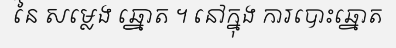
នៃ សម្លេង ឆ្នោត ។ នៅក្នុង ការបោះឆ្នោត